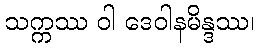
သက္ကဿ ဝါ ဒေဝါနမိန္ဒဿ၊